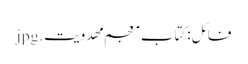
فائل:کتاب معجم مهدویت.jpg